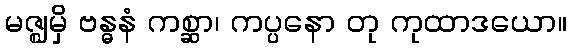
မဇ္ဈမှိ ဗန္ဓနံ ကစ္ဆာ၊ ကပ္ပနော တု ကုထာဒယော။